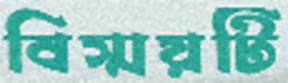
বিস্ময়টি